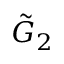
{ \tilde { G } } _ { 2 }